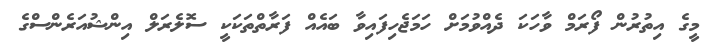
މީގެ އިތުރުން ފޯރަމް ވާހަކަ ދެއްވުމަށް ހަމަޖެހިފައިވާ ބައެއް ފަރާތްތަކަކީ ސޮލެރަލް އިންޝުއަރެންސްގެ